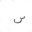
Letter: _sin